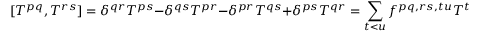
[ T ^ { p q } , T ^ { r s } ] = \delta ^ { q r } T ^ { p s } - \delta ^ { q s } T ^ { p r } - \delta ^ { p r } T ^ { q s } + \delta ^ { p s } T ^ { q r } = \sum _ { t < u } f ^ { p q , r s , t u } T ^ { t u } .